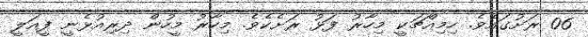
06 ރަށުގައެވެ. ހިމިއްޗަކީ މިހާރު ފަޅު ރަށެކެވެ. މިހާރު މީހުން ދިރިއުޅެނީ ފީއަލީ